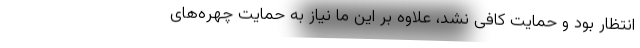
انتظار بود و حمایت کافی نشد، علاوه بر این ما نیاز به حمایت چهره‌های